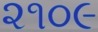
૨૧૦૯